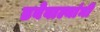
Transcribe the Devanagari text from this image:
डबेवाल्यांनी